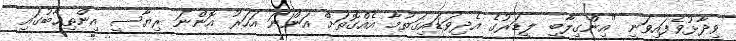
ވިދާޅުވެފައިވަނީ "އިންގިލާބީ ލީޑަރުގެ އެދިވަޑައިގަތުމާ އެއްގޮތަށް އަންނަ އަހަރު އޮންނަ ރިޔާސީ އިންތިޚާބުގައި